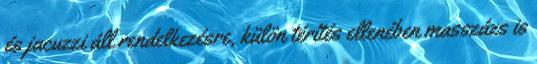
és jacuzzi áll rendelkezésre, külön térítés ellenében masszázs is